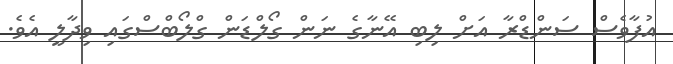
އުފާވެސް ސަންޑްރާ އަށް ލިބި އޭނާގެ ނަން ގޯލްޑަން ގްލޯބްސްގައި ވިދާލީ އެވެ.